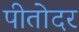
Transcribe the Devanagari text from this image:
पीतोदर